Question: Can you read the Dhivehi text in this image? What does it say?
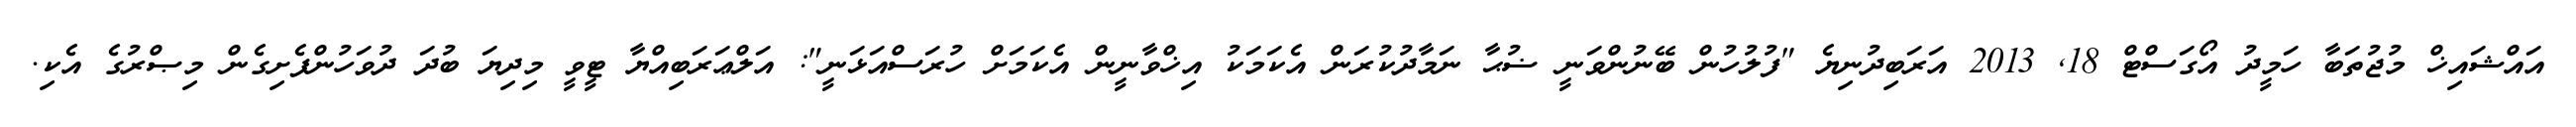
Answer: އައްޝައިޚް މުޖުތަބާ ހަމީދު އޯގަސްޓް 18, 2013 އަރަބިދުނިޔެ "ފުލުހުން ބޭނުންވަނީ ޟުޙާ ނަމާދުކުރަން އެކަމަކު އިޚްވާނީން އެކަމަށް ހުރަސްއަޅަނީ": އަލްޢަރަބިއްޔާ ޓީވީ މިދިޔަ ބުދަ ދުވަހުންފެށިގެން މިޞްރުގެ އެކި.